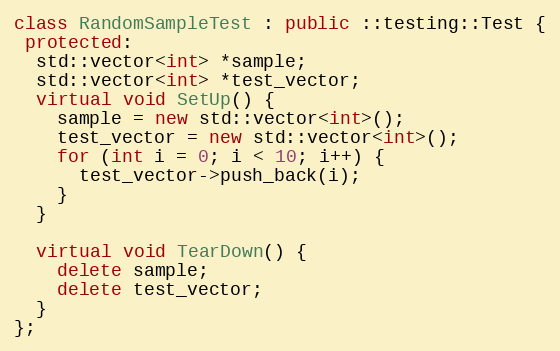
Language: C++
class RandomSampleTest : public ::testing::Test {
 protected:
  std::vector<int> *sample;
  std::vector<int> *test_vector;
  virtual void SetUp() {
    sample = new std::vector<int>();
    test_vector = new std::vector<int>();
    for (int i = 0; i < 10; i++) {
      test_vector->push_back(i);
    }
  }

  virtual void TearDown() {
    delete sample;
    delete test_vector;
  }
};